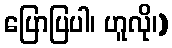
ပြောပြပါ၊ ဟူလို၊)